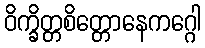
ဝိက္ခိတ္တစိတ္တောနေကဂ္ဂေါ